画像に写った文字を読んでください
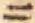
「ニ」と書いてあります